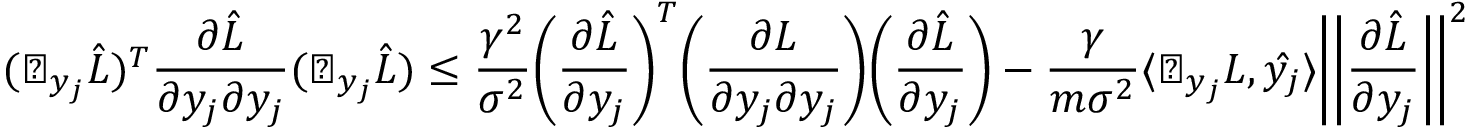
( \triangledown _ { y _ { j } } { \hat { L } } ) ^ { T } { \frac { \partial { \hat { L } } } { \partial y _ { j } \partial y _ { j } } } ( \triangledown _ { y _ { j } } { \hat { L } } ) \leq { \frac { \gamma ^ { 2 } } { \sigma ^ { 2 } } } { \bigg ( } { \frac { \partial { \hat { L } } } { \partial y _ { j } } } { \bigg ) } ^ { T } { \bigg ( } { \frac { \partial L } { \partial y _ { j } \partial y _ { j } } } { \bigg ) } { \bigg ( } { \frac { \partial { \hat { L } } } { \partial y _ { j } } } { \bigg ) } - { \frac { \gamma } { m \sigma ^ { 2 } } } \langle \triangledown _ { y _ { j } } L , { \hat { y _ { j } } } \rangle { \bigg | } { \bigg | } { \frac { \partial { \hat { L } } } { \partial y _ { j } } } { \bigg | } { \bigg | } ^ { 2 }